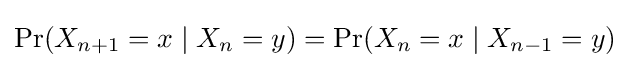
\Pr(X_{n+1}=x\mid X_{n}=y)=\Pr(X_{n}=x\mid X_{n-1}=y)